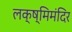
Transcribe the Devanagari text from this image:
लक्ष्मिमंदिर